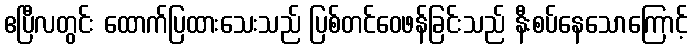
ဧပြီလတွင်း ထောက်ပြထားသေးသည် ပြစ်တင်ဝေဖန်ခြင်းသည် နီးစပ်နေသောကြောင့်